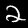
Digit: 2